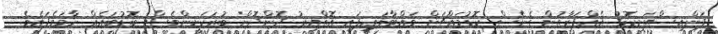
ފަންއިސްތަށިކޮޅު އެއްފަރާތުން ގެނެސް ކޮޑުމައްޗަށް ވައްޓާލައިފައި އޮތްއިރު ދޮންދޮން ބުރަކަށީންވެސް ބޮޑުބައެއް ހާމަވެފައެވެ.